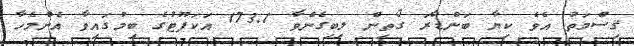
ޤިސްމަތު އެވެ ކިޔާ ބަންޑާރަ ގޯތިން ލިބިގެންވާ 173.1 އަކަފޫޓުގެ ބިމުގައިވާ އެންމެހާ